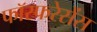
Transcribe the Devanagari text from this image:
फॉस्फरेसेंस